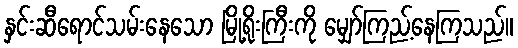
နှင်းဆီရောင်သမ်းနေသော မြို့ရိုးကြီးကို မျှော်ကြည့်နေကြသည်။